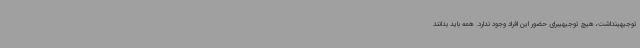
توجیهینداشت، هیچ توجیهیبرای حضور این افراد وجود ندارد. همه باید بدانند